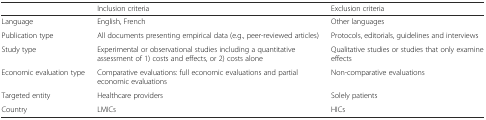
|  | Inclusion criteria | Exclusion criteria |
 | --- | --- | --- |
 | Language | English, French | Other languages |
 | Publication type | All documents presenting empirical data (e.g., peer-reviewed articles) | Protocols, editorials, guidelines and interviews |
 | Study type | Experimental or observational studies including a quantitative assessment of 1) costs and effects, or 2) costs alone | Qualitative studies or studies that only examine effects |
 | Economic evaluation type | Comparative evaluations: full economic evaluations and partial economic evaluations | Non-comparative evaluations |
 | Targeted entity | Healthcare providers | Solely patients |
 | Country | LMICs | HICs |